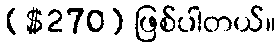
($270) ဖြစ်ပါတယ်။